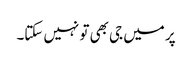
پر میں جی بھی تو نہیں سکتا۔